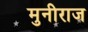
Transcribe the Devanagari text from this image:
मुनीराज